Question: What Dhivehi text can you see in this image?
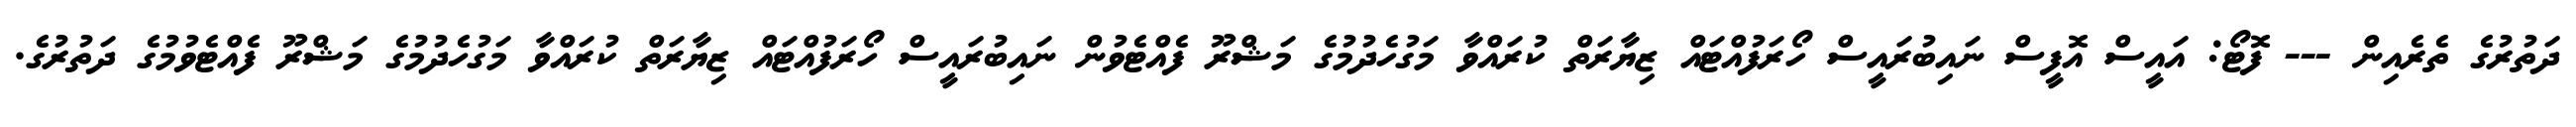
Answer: ދަތުރުގެ ތެރެއިން --- ފޮޓޯ: އައީސް އޮފީސް ނައިބުރައީސް ހޯރަފުއްޓައް ޒިޔާރަތް ކުރައްވާ މަގުހެދުމުގެ މަޝްރޫ ފެއްޓެވުން ނައިބުރައީސް ހޯރަފުއްޓައް ޒިޔާރަތް ކުރައްވާ މަގުހެދުމުގެ މަޝްރޫ ފެއްޓެވުމުގެ ދަތުރުގެ.